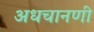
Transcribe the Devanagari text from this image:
अधचानणी